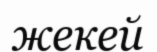
жекей